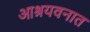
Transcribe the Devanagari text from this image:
आश्रयवनात